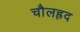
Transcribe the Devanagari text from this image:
चौलह्रद